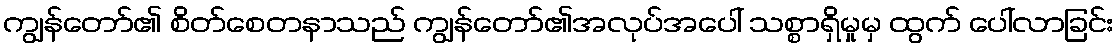
ကျွန်တော်၏ စိတ်စေတနာသည် ကျွန်တော်၏အလုပ်အပေါ် သစ္စာရှိမှုမှ ထွက် ပေါ်လာခြင်း